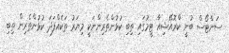
ސަންޓޯސް ބުނީ ކްރޮއޭޝިއާ ޓީމުގައި ތިބި ކުޅުންތެރިންނަކީ މިޔަރު ތަކެއްފަދަ ކުޅުންތެރިން ތިބި